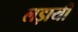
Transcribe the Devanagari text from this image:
लड़ायी